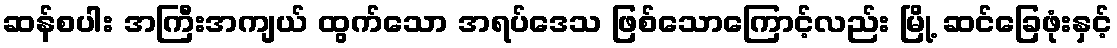
ဆန်စပါး အကြီးအကျယ် ထွက်သော အရပ်ဒေသ ဖြစ်သောကြောင့်လည်း မြို့ ဆင်ခြေဖုံးနှင့်